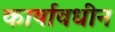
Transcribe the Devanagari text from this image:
कार्यावधीन